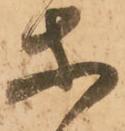
等